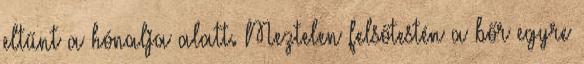
eltűnt a hónalja alatt. Meztelen felsőtestén a bőr egyre